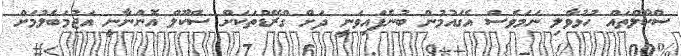
ސްކޫލްތައް ހުޅުވާލި ނަމަވެސް އެގައުމުން ބުނެފައިވަނީ ދަށް ގްރޭޑްތަކަށް ސްކޫލް އޮންނާނީ އަޖުމަބެލުމަށް